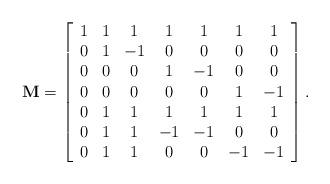
LaTeX: \begin{align*}\centering \mathbf{M}=\left[\begin{array}{ccccccc}1 & 1 & 1 & 1 & 1 & 1 & 1 \\0 & 1 & -1 & 0 & 0 & 0 & 0 \\0 & 0 & 0 & 1 & -1 & 0 & 0 \\0 & 0 & 0 & 0 & 0 & 1 & -1 \\0 & 1 & 1 & 1 & 1 & 1 & 1 \\0 & 1 & 1 & -1 & -1 & 0 & 0 \\0 & 1 & 1 & 0 & 0 & -1 & -1\end{array}\right].\end{align*}